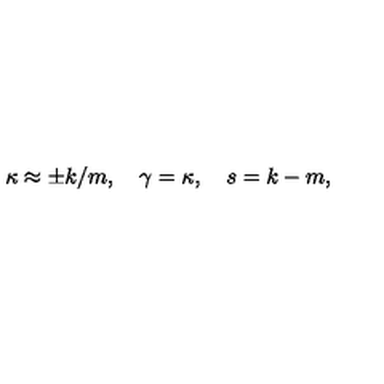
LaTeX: \kappa \approx \pm k / m , \quad \gamma = \kappa , \quad s = k - m ,